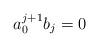
LaTeX: \begin{align*}a_{0}^{j+1}b_{j}=0\end{align*}